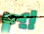
إيمي